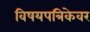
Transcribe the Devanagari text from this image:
विषयपत्रिकेवर